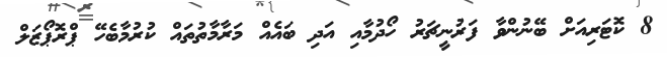
8 ކޮޓަރިއަށް ބޭނުންވާ ފަރުނީޗަރު ހޯދުމާއި އަދި ބައެއް މަރާމާތުތައް ކުރުމާބެހޭ ޕްރޮޕޯޒަލް